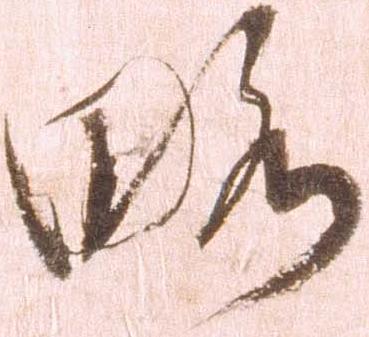
略